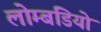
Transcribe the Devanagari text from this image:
लोम्बडियो